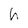
Character: h